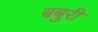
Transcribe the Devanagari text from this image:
बबुरी